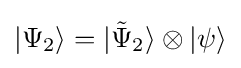
|\Psi _{2}\rangle =|{\tilde {\Psi }}_{2}\rangle \otimes |\psi \rangle